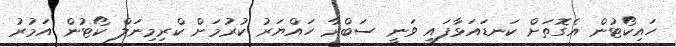
ހައިކޯޓުން އެގޮތަށް ކަނޑައަޅާފައި ވަނީ ސަބްރާ ހައްޔަރު ކުރުމަށް ކްރިމިނަލް ކޯޓުން އަމުރު